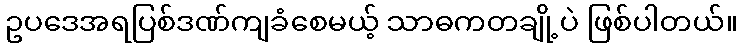
ဥပဒေအရပြစ်ဒဏ်ကျခံစေမယ့် သာဓကတချို့ပဲ ဖြစ်ပါတယ်။